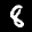
Label: 8